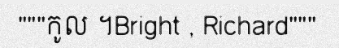
"""កូល ។Bright , Richard"""